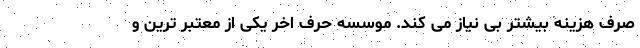
صرف هزینه بیشتر بی نیاز می کند. موسسه حرف اخر یکی از معتبر ترین و